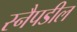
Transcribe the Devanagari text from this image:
स्नैपडील